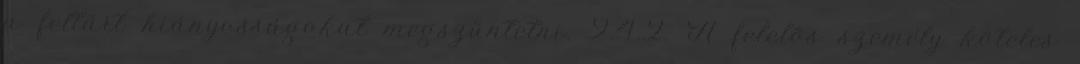
a feltárt hiányosságokat megszüntetni. 9.4.2. A felelõs személy köteles